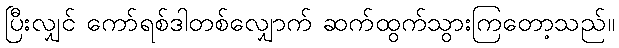
ပြီးလျှင် ကော်ရစ်ဒါတစ်လျှောက် ဆက်ထွက်သွားကြတော့သည်။